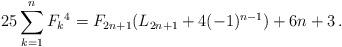
LaTeX: \begin{align*}25\sum_{k=1}^nF_k{}^4=F_{2n+1}(L_{2n+1}+4(-1)^{n-1})+6n+3\,.\end{align*}